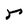
Character: r